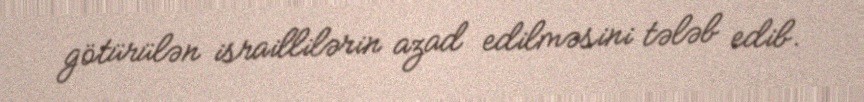
götürülən israillilərin azad edilməsini tələb edib.